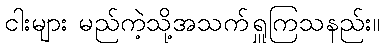
ငါးများ မည်ကဲ့သို့အသက်ရှူကြသနည်း။